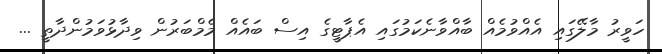
ހަވީރު މާލޭގައި އެއްވުމެއް ބާއްވާނެކަމުގައި އެޕާޓީގެ އިސް ބައެއް މެމްބަރުން ވިދާޅުވަމުންދާތީ ...